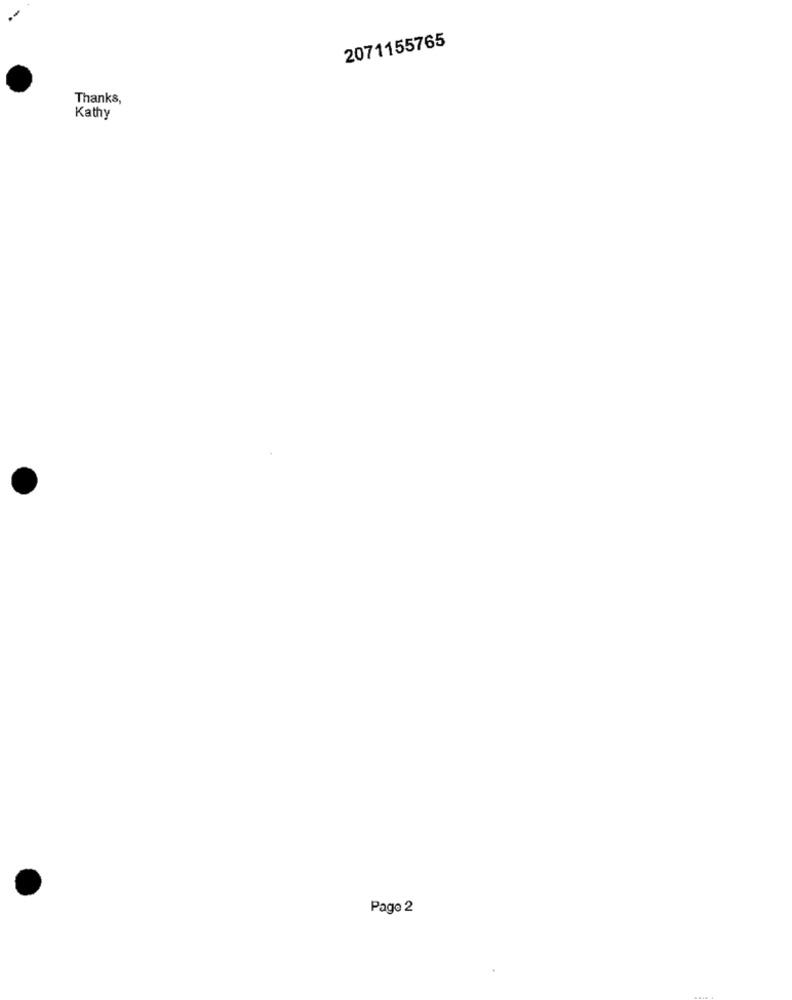
2071155765
Thanks,
Kathy
Page 2